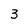
Character: 3